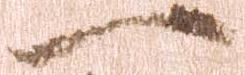
一